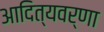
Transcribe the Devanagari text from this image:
आदित्यवर्णा